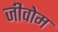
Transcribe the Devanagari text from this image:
जीवोम